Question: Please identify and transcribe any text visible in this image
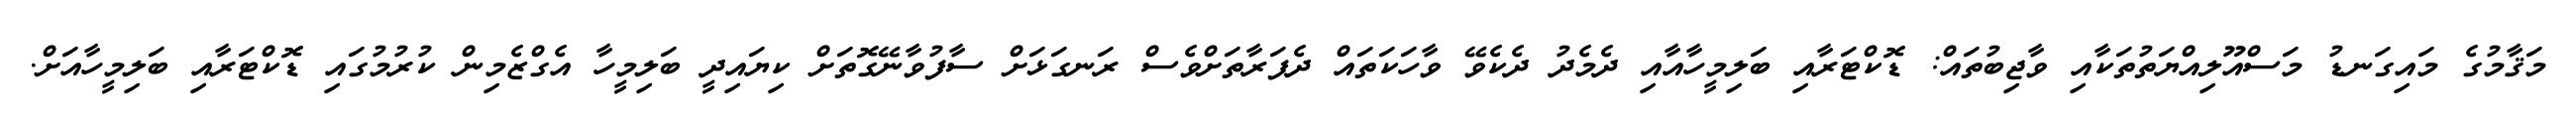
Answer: މަޤާމުގެ މައިގަނޑު މަސްއޫލިއްޔަތުތަކާއި ވާޖިބުތައް: ޑޮކްޓަރާއި ބަލިމީހާއާއި ދެމެދު ދެކެވޭ ވާހަކަތައް ދެފަރާތަށްވެސް ރަނގަޅަށް ސާފުވާނޭގޮތަށް ކިޔައިދީ ބަލިމީހާ އެގްޒެމިން ކުރުމުގައި ޑޮކްޓަރާއި ބަލިމީހާއަށް.